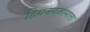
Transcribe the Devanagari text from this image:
हिमनगजामाता